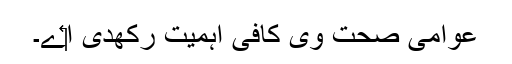
عوامی صحت وی کافی اہمیت رکھدی ا‏‏ے۔